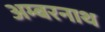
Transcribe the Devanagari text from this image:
अम्‍बरनाथ